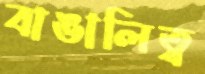
বাঙালিত্ব